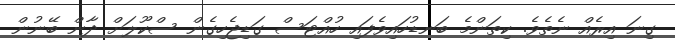
ގިނަ އިރެއް ނެތެވެ. ކިތަންމެ ބަނޑުހައިވެފައި ހުއްޓަސް ގަޑިޖެހިގެން ސްކޫލަށް ދާން ބޭނުން